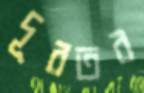
দূরতর